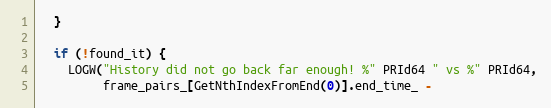
Language: C++
  }

  if (!found_it) {
    LOGW("History did not go back far enough! %" PRId64 " vs %" PRId64,
         frame_pairs_[GetNthIndexFromEnd(0)].end_time_ -